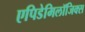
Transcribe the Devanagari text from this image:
एपिडेमिलॉजिक्स